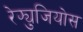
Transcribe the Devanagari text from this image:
रेफ्युजियोस